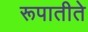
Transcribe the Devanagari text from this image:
रूपातीते